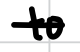
Text: to
Cross-out: single-line
Writing tool: digital_black